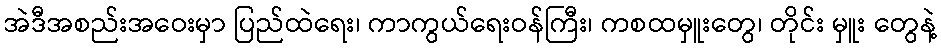
အဲဒီအစည်းအဝေးမှာ ပြည်ထဲရေး၊ ကာကွယ်ရေးဝန်ကြီး၊ ကစထမှူးတွေ၊ တိုင်း မှူး တွေနဲ့